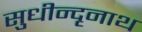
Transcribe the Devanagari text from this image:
सुधीन्दृनाथ